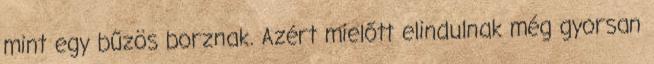
mint egy bűzös borznak. Azért mielőtt elindulnak még gyorsan